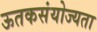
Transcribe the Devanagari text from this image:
ऊतकसंयोज्यता